Vaccination in Burma 1889-1999 - 1889-1999
Year: 1889
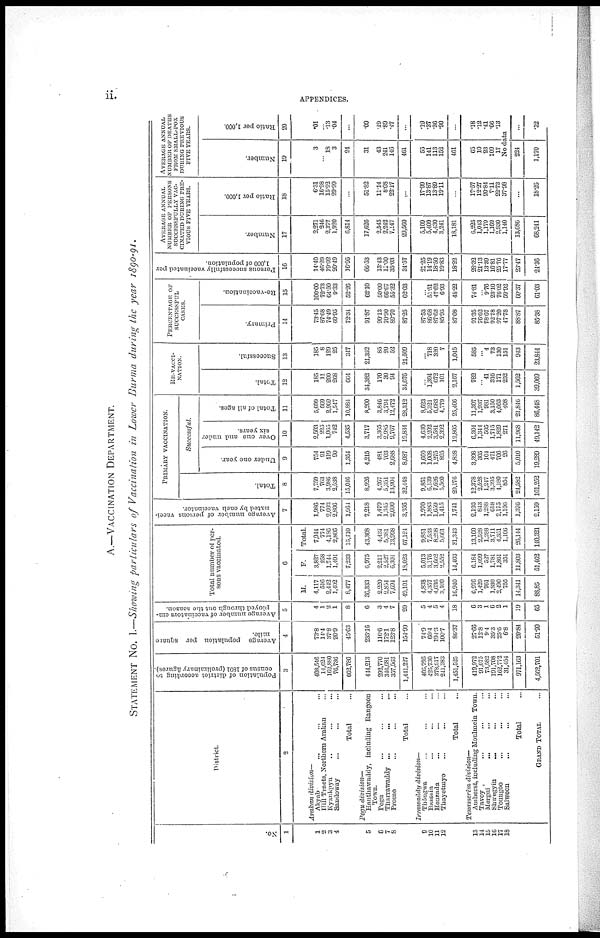
ii .
APPENDICES.
A.—VACCINATION DEPARTMENT.
STATEMENT NO. I.—Showing particulars of Vaccination in Lower Burma during the year 1890-91.
No.
1
1
2
3
4
5
6
7
8
9
10
11
12
13
14
15
16
17
18
District.
2
Arakan division—
Akyab ... ... ...
Hill Tracts, Northern Arakan ...
Kyaukpyu ... ... ...
Sandoway ... ... ...
Total ...
Pepu division—
Hanthawaddy, including Rangoon
Town ... ... ...
Pegu ... ... ...
Tharrawaddy ... ... ...
Prome ... ... ...
Total ...
Irrawaddy
division—
Thôngwa ... ... ...
Bassein ... ... ...
Henzada ... ... ...
Thayetmyo ... ... ...
Total ...
Tenasserim division—
Amherst, including Moulinein Town.
Tavoy ... ... ...
Mergui ... ... ...
Shwegyin ... ... ...
Toungoo ... ... ...
Salween ... ... ...
Total ...
GRAND TOTAL ...
Population of district according to
census of 1891 (preliminary figures).
3
408,546
14,624
162,880
76,736
662,786
444,213
292,770
346,681
357,563
1,441,227
405,795
425,730
378,617
241,383
1,451,525
419,972
91,675
73,582
191,708
162,772
31,454
971,163
4,562,701
Average population per square
mile.
4
73.8
14.4
37.8
20.9
45.63
235.16
116.6
172.1
123.8
154.99
74.9
60.4
194.3
100.7
86.37
27.66
12.8
9.4
35.3
25.6
6.8
20.84
51.90
Avorage number of vaccinators em-
ployed through out the season.
5
4
1
2
1
8
6
3
4
7
20
5
4
5
4
18
6
3
1
6
2
1
19
65
Total number of per-
sons vaccinated.
6
M.
4,117
516
2,412
1,402
8,477
36,333
2,220
2,854
7,694
49,101
4,838
4,357
4,636
3,109
16,940
6,976
1,429
761
1,930
2,490
755
14,341
88,85
F.
3,827
258
1,744
1,404
7,233
6,975
2,217
2,527
6,304
18,023
5,013
3,176
3,662
2,552
14,403
6,184
1,099
527
1,781
1,861
351
11,803
51,462
Total.
7,944
774
4,186
2,806
15,710
43,308
4,437
5,381
13,998
67,124
9,851
7,533
8,298
5,661
31,343
13,160
2,528
1,288
3,711
4,351
1,106
20,144
140,321
Average number of persons vacci-
nated by each vaccinator.
7
1,986
774
2,093
2,806
1,964
7,218
1,479
1,345
2,000
3,356
1,970
1,883
1,659
1,415
1,741
2,193
843
1,288
618
2,175
1,106
1,376
2,159
PRIMARY VACCINATION.
Total.
8
7,759
763
3,986
2,538
15,046
8,926
4,267
5,351
13,904
32,448
9,851
6,139
7,626
5,560
29,176
12,378
2,528
1,247
3,395
4,180
854
24,582
101,252
Successful.
Under one year.
9
754
91
419
90
1,354
4,215
481
703
2,688
8,087
1,660
1,008
1,275
895
4,838
3,398
305
104
471
706
26
5,010
19,289
Over one and under
six years.
10
2,503
225
1,065
742
4,535
3,717
3,365
2,985
9,767
19,834
4,630
2,202
3,581
2,392
12,805
6,304
1,344
505
1,715
1,829
271
11,968
49,142
Total of all ages.
11
5,699
669
2,969
1,547
10,884
8,200
3,846
3,794
12,472
28,312
8,623
5,321
6,683
4,779
25,406
11,307
1,937
981
3,150
4,063
408
21,846
86,448
RE-VACCI-
NATION.
Total.
12
185
11
200
268
664
34,382
170
30
94
34,676
...
1,394
672
101
2,167
782
...
41
316
171
252
1,562
39,069
Successful.
13
185
8
129
25
347
21,352
85
20
52
21,509
...
718
320
7
1,045
585
...
4
73
130
151
943
23,844
PERCENTAGE or
SUCCESSFUL
CASES.
Primary.
14
73.45
87.68
74.49
60.95
72.34
91.87
90.13
70.90
89.70
87.25
87.53
86.68
87.63
85.95
87.08
91.35
76.62
78.67
92.78
97.20
47.78
88.87
85.38
Re-vaccination.
15
100.00
72.73
64.50
9.33
52.26
62.10
50.00
66.67
55.32
62.03
...
51.51
47.62
6.93
48.22
74.81
...
9.76
23.10
76.02
59.92
60.37
61.03
Persons successfully vaccinated per
1,000 of population.
16
14.40
46.29
19.02
20.49
16.95
66.53
13.43
11.00
35.03
34.57
21.25
14.19
18.50
19.83
18.22
28.32
21.13
13.39
16.81
25.76
17.77
23.47
24.36
AVERAGE ANNUAL
NUMBER OF PERSONS
SUCCESSFULLY VAC-
CINATED DURING PRE-
VIOUS FIVE YEARS.
Number.
17
2,271
246
2,377
1,920
6,814
17,626
2,545
2,242
7,147
29,560
5,109
5,409
4,430
3,241
18,181
6,225
1,043
1,179
1,169
2,930
1,140
13,686
68,241
Ratio per 1,000.
18
6.31
16.98
15.92
29.99
...
51.82
11.14
8.08
22.17
...
17.99
13.87
13.89
19.11
...
17.57
12.27
20.84
7.11
22.73
37.98
...
18.26
AVERAGE ANNUAL
NUMBER OF DEATHS
FROM SMALL-POX
DURING PREVIOUS
FIVE YEARS.
Number.
19
3
...
18
3
24
31
43
241
146
461
55
141
113
152
461
65
10
23
109
17
Ratio per 1,000.
20
.01
...
.13
.04
...
.09
.19
.89
.47
...
.19
.37
.36
.90
...
.18
.12
.41
.66
.13
No data
224
1,170
...
.32